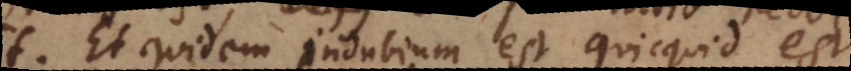
Et quidem indubium est quicquid est